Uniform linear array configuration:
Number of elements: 64
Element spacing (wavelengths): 0.75
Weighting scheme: hann
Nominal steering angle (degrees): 0
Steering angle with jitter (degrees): -1.772
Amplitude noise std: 0.05
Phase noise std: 0.05

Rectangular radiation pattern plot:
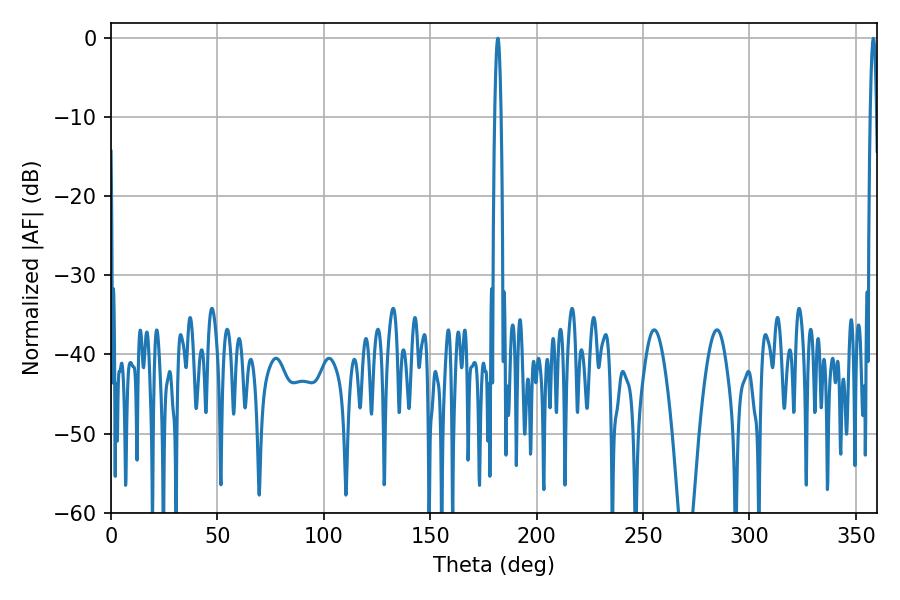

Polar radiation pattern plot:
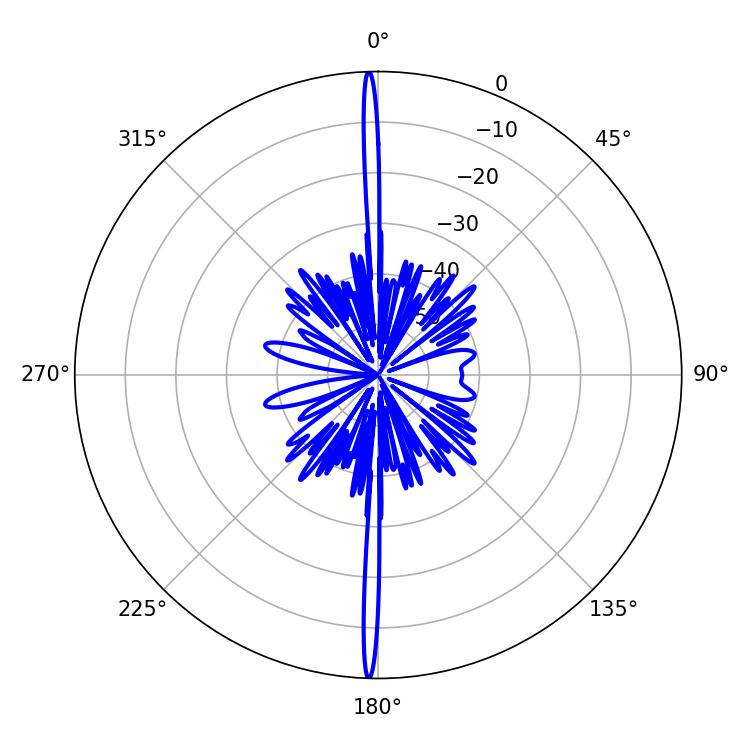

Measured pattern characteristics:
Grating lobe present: TRUE
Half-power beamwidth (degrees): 1.62
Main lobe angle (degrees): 358.2